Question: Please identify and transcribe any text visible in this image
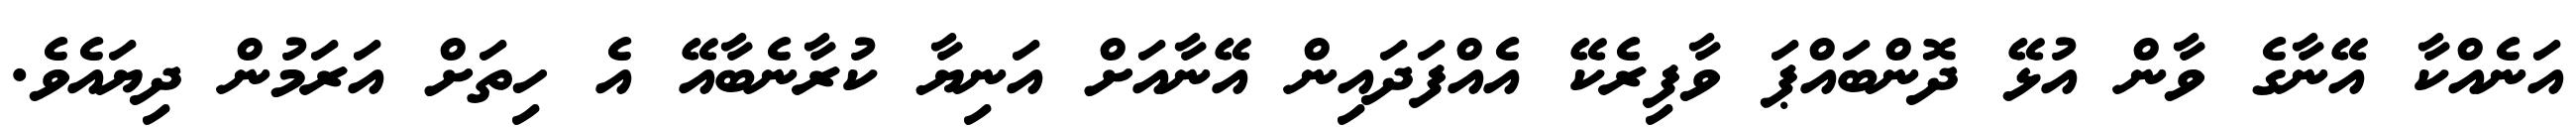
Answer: އަނެއްކާ އޭނާގެ ވާން އުޅޭ ދޮންބައްޕަ ވާފިރެކޭ އެއްފަދައިން އޭނާއަށް އަނިޔާ ކުރާނެބާއޭ އެ ހިތަށް އަރަމުން ދިޔައެވެ.